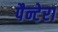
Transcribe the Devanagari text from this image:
पैन्टेरा